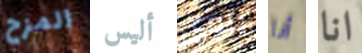
المزح أليس ينوى أنا انا